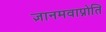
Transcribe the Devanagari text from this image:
ज्ञानमवाप्नोति